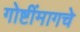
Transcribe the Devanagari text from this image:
गोष्टींमागचे